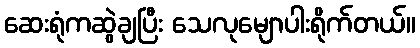
ဆေးရုံကဆွဲချပြီး သေလုမျောပါးရိုက်တယ်။